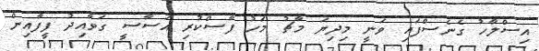
އިސްލާހު ގެނެސްފައި ވަނީ މިދިޔަ މާޗު މަހު ފާސްކުރި އަސާސީ ގަވާއިދު ފީފާއިން